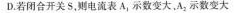
D.若闭合开关S，则电流表A_{1}示数变大，A_{2}示数变大